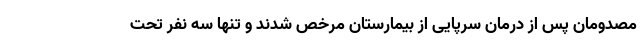
مصدومان پس از درمان سرپایی از بیمارستان مرخص شدند و تنها سه نفر تحت